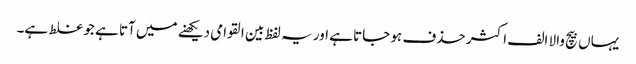
یہاں بیچ والا الف اکثر حذف ہو جاتا ہے اور یہ لفظ بین القوامی دیکھنے میں آتا ہے جو غلط ہے۔